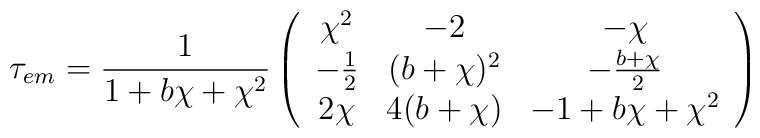
\tau_{em} = \frac{1}{1 + b \chi + \chi^2}\left( \begin{array}{ccc}  \chi^2      &  -2          &  -\chi  \\ -\frac{1}{2} & (b+\chi )^2  & - \frac{b+ \chi}{2} \\  2 \chi      & 4(b+ \chi )  & -1 + b \chi + \chi^2 \end{array} \right)